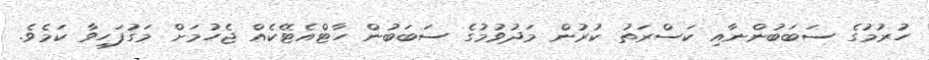
ހުރުމުގެ ސަބަބުންނާއި ކަސްރަތު ކުރުން މަދުވުމުގެ ސަބަބުން ހާޓްއެޓޭކެއް ޖެހުމަށް މަގުފަހިވާ ކަމެވެ.